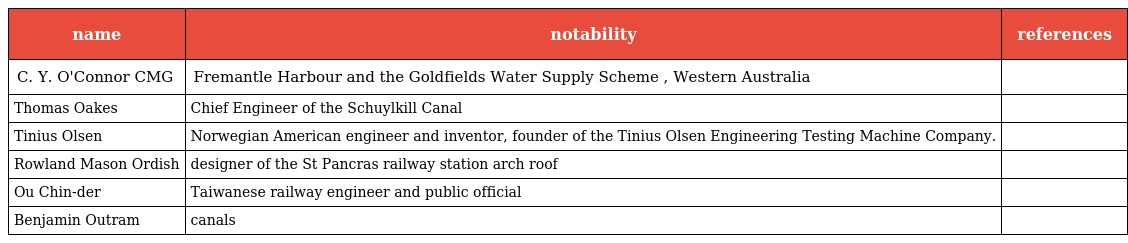
| name | notability | references |
 | --- | --- | --- |
 | C. Y. O'Connor CMG | Fremantle Harbour and the Goldfields Water Supply Scheme , Western Australia |  |
 | Thomas Oakes | Chief Engineer of the Schuylkill Canal |  |
 | Tinius Olsen | Norwegian American engineer and inventor, founder of the Tinius Olsen Engineering Testing Machine Company. |  |
 | Rowland Mason Ordish | designer of the St Pancras railway station arch roof |  |
 | Ou Chin-der | Taiwanese railway engineer and public official |  |
 | Benjamin Outram | canals |  |